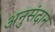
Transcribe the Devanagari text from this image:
अनुसंदान